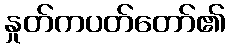
နှုတ်ကပတ်တော်၏